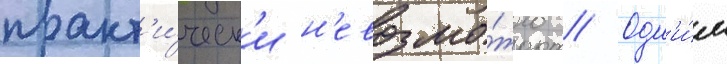
практ'и́ческ'и н'евозмо́жно // Одн'и́м